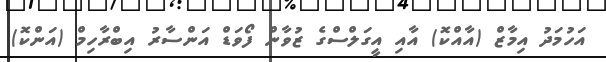
އަހުމަދު އިމާޒް (އާއްކޮ) އާއި އީގަލްސްގެ ޒުވާން ފޯވަޑް އަންސާރު އިބްރާހިމް (އަންކޮ)